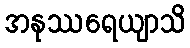
အနုဿရေယျာသိ